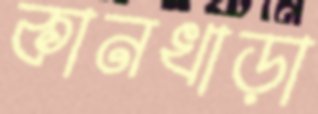
কানখাড়া